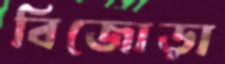
বিজোড়া